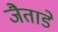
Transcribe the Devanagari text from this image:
जैताडे